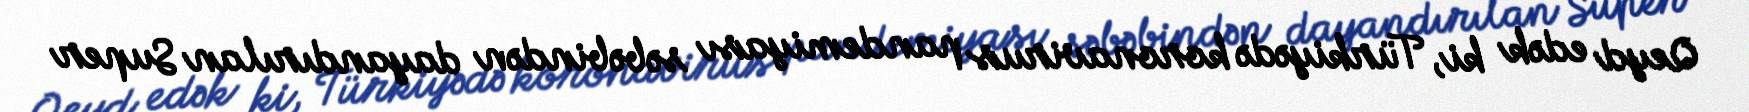
Qeyd edək ki, Türkiyədə koronavirus pandemiyası səbəbindən dayandırılan Super